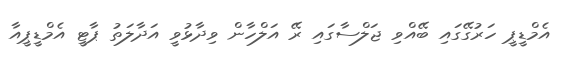
އެމްޑީޕީ ހަރުގޭގައި ބޭއްވި ޖަލްސާގައި ރޭ އަލްހާން ވިދާޅުވީ އަދާލަތު ޕާޓީ އެމްޑީޕީއާ